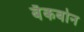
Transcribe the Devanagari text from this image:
बॅकबोन